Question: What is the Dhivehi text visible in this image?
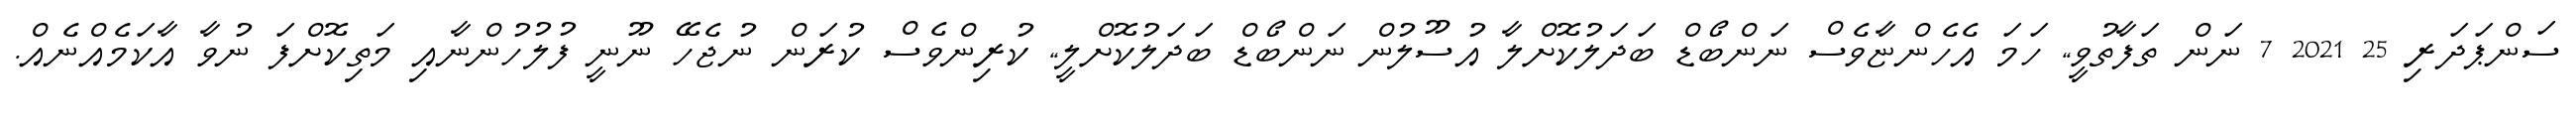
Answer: ސަންޕަދަރި 25 2021 7 ނަން ތަފާތުވީ,, ހަމަ އެހެންޏާވެސް ނަންބޯޑް ބަދަލުކޮށްލާ އުސޫލުން ނަންބޯޑް ބަދަލުކޮށްލީ,, ކުރިންވެސް ކުރަން ނުޖެހޭ ނޫނީ ފުލުހުންނާއި މަތިކޮށްފަ ނުވާ އާކަމެއްނެއް.